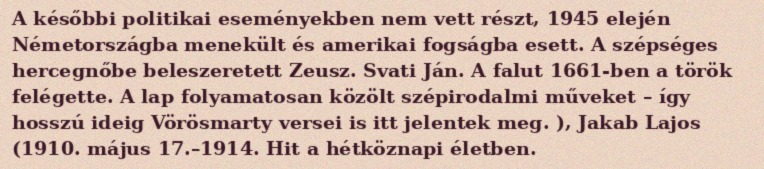
A későbbi politikai eseményekben nem vett részt, 1945 elején Németországba menekült és amerikai fogságba esett. A szépséges hercegnőbe beleszeretett Zeusz. Svati Ján. A falut 1661-ben a török felégette. A lap folyamatosan közölt szépirodalmi műveket – így hosszú ideig Vörösmarty versei is itt jelentek meg. ), Jakab Lajos (1910. május 17.–1914. Hit a hétköznapi életben.